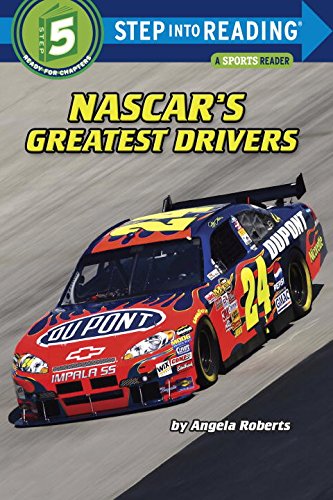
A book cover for Nascar's Greatest Drivers (Step into Reading); Angela Roberts; Children's Books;